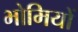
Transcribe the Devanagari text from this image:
भोमियों